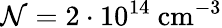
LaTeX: \mathcal{N}=2\cdot 10^{14}\mathrm{~cm}^{-3}